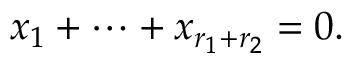
x _ { 1 } + \cdots + x _ { r _ { 1 } + r _ { 2 } } = 0 .